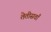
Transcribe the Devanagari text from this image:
तेतीसवाँ